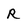
Character: R